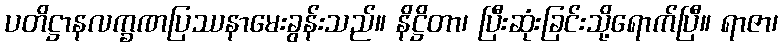
ပတိဋ္ဌာနလက္ခဏပြဿနာမေးခွန်းသည်။ နိဋ္ဌိတာ၊ ပြီးဆုံးခြင်းသို့ရောက်ပြီ။ ရာဇာ၊